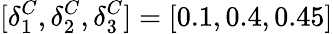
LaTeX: [\delta_{1}^{C},\delta_{2}^{C},\delta_{3}^{C}]=[0.1,0.4,0.45]